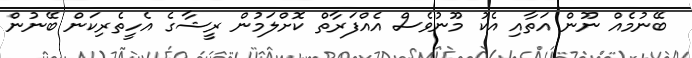
ބޭނުމެއް ނޫން އަތާއި އެކު މޫނުވެސް އެެއްފަރާތް ކޮށްލަމުން ރީޝާގެ އެހީތެރިކަން ބޭނުން